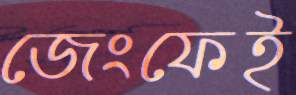
জেংফেই